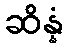
ဆိန္နံ